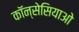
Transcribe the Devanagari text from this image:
कॉन्सेसियाओ